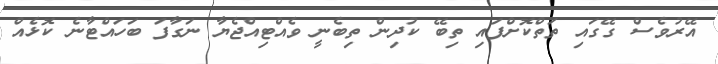
އޭރުވެސް ގޭގައި ތަތްކޮށްފައި ތިބޭ ކުދިން ތިބެނީ ވެއްޓިއްޖެޔާ ނަގާފަ ބަހައްޓާނެ ކޮޅެއް